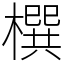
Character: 㯢